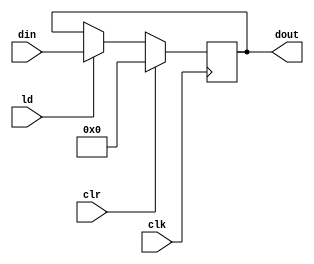
`timescale 1ns / 1ps
//////////////////////////////////////////////////////////////////////////////////
// Company: 
// Engineer: 
// 
// Design Name: 
// Module Name:    PIPO2 
// Project Name: 
// Target Devices: 
// Tool versions: 
// Description: 
//
// Dependencies: 
//
// Revision: 
// Revision 0.01 - File Created
// Additional Comments: 
//
//////////////////////////////////////////////////////////////////////////////////
module PIPO2(dout,din,ld,clr,clk);

input [15:0] din;
input ld,clr,clk;
output reg [15:0] dout;

always @ (posedge clk)
 if(clr) dout<=16'b0;
 else if (ld) dout<=din;
 
endmodule